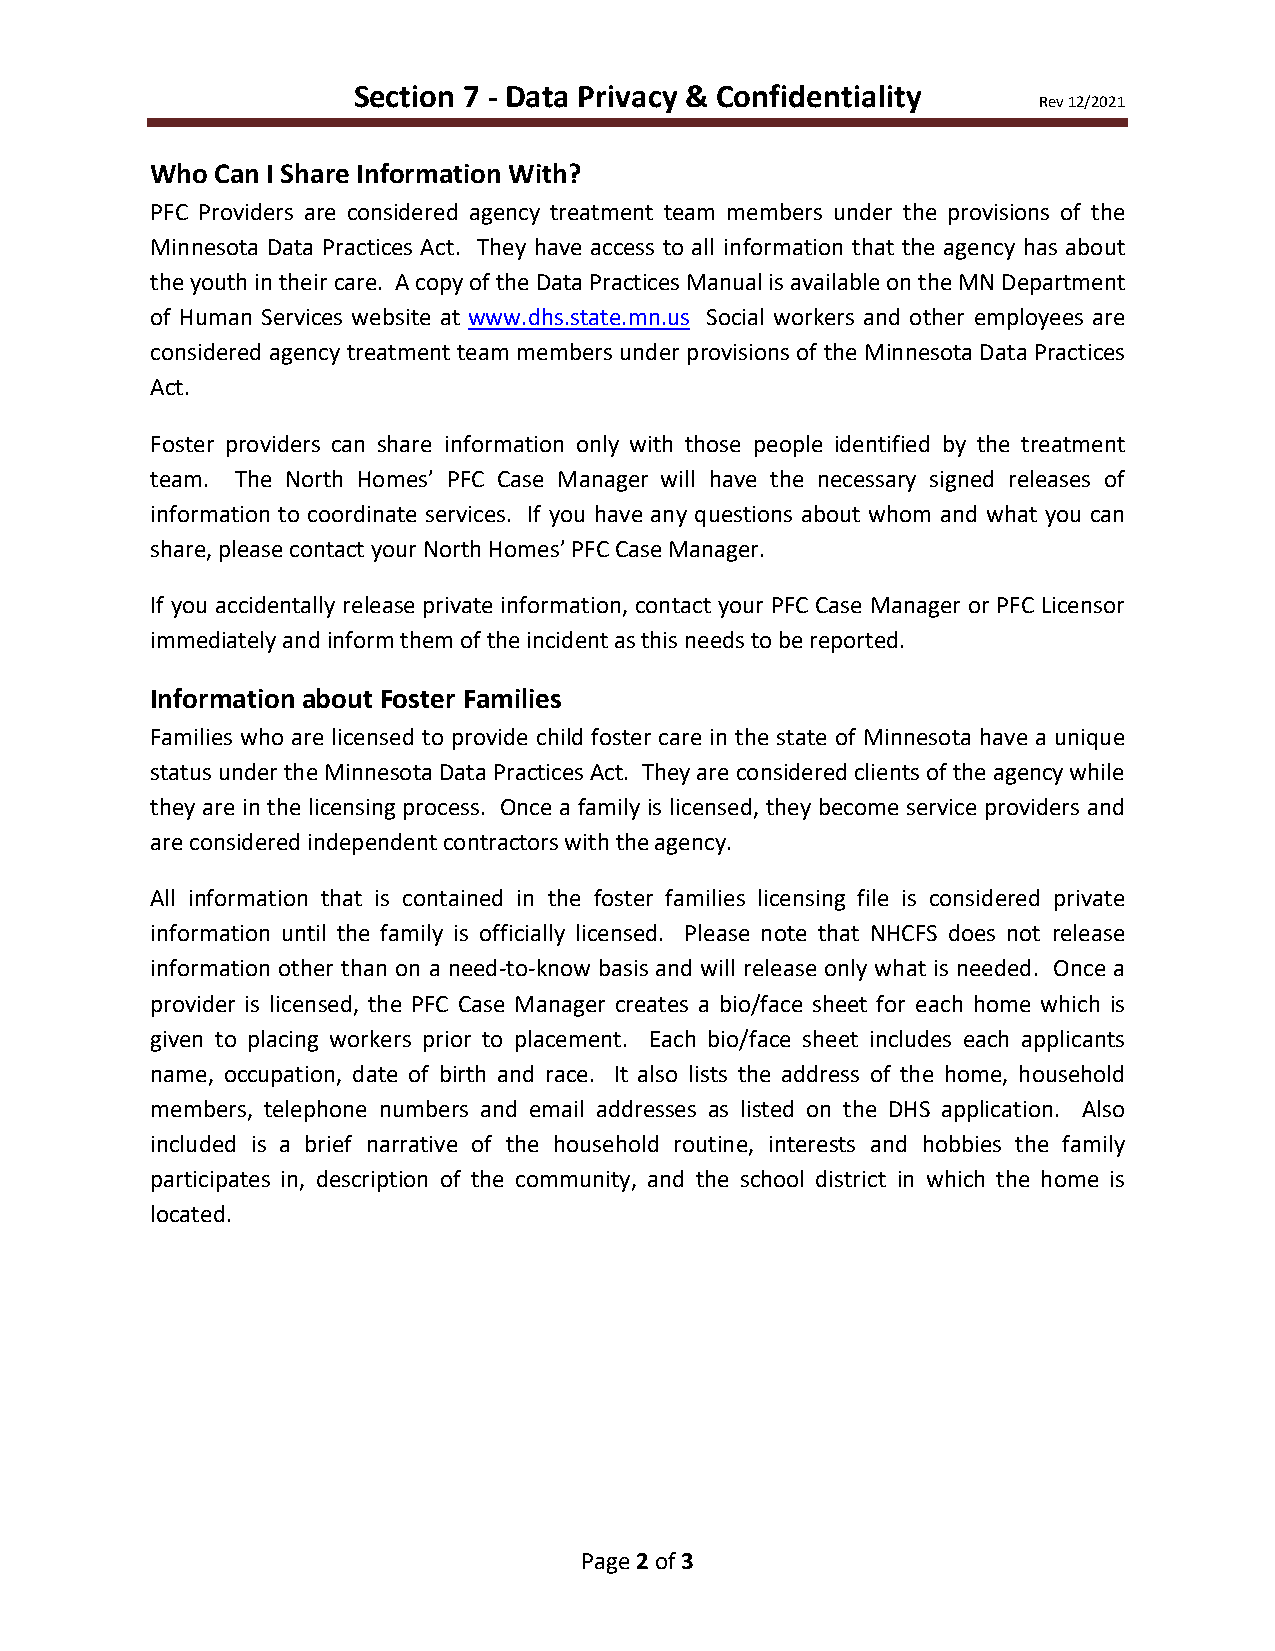
Section 7 - Data Privacy & Confidentiality
 Rev 12/2021
 Who Can I Share Information With?
 PFC Providers are considered agency treatment team members under the provisions of the
 Minnesota Data Practices Act. They have access to all information that the agency has about
 the youth in their care. A copy of the Data Practices Manual is available on the MN Department
 of Human Services website at www.dhs.state.mn.us Social workers and other employees are
 considered agency treatment team members under provisions of the Minnesota Data Practices
 Act.
 Foster providers can share information only with those people identified by the treatment
 team. The North Homes’ PFC Case Manager will have the necessary signed releases of
 information to coordinate services. If you have any questions about whom and what you can
 share, please contact your North Homes’ PFC Case Manager.
 If you accidentally release private information, contact your PFC Case Manager or PFC Licensor
 immediately and inform them of the incident as this needs to be reported.
 Information about Foster Families
 Families who are licensed to provide child foster care in the state of Minnesota have a unique
 status under the Minnesota Data Practices Act. They are considered clients of the agency while
 they are in the licensing process. Once a family is licensed, they become service providers and
 are considered independent contractors with the agency.
 All information that is contained in the foster families licensing file is considered private
 information until the family is officially licensed. Please note that NHCFS does not release
 information other than on a need-to-know basis and will release only what is needed. Once a
 provider is licensed, the PFC Case Manager creates a bio/face sheet for each home which is
 given to placing workers prior to placement. Each bio/face sheet includes each applicants
 name, occupation, date of birth and race. It also lists the address of the home, household
 members, telephone numbers and email addresses as listed on the DHS application. Also
 included is a brief narrative of the household routine, interests and hobbies the family
 participates in, description of the community, and the school district in which the home is
 located.
 Page 2 of 3